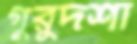
গুরুদশা